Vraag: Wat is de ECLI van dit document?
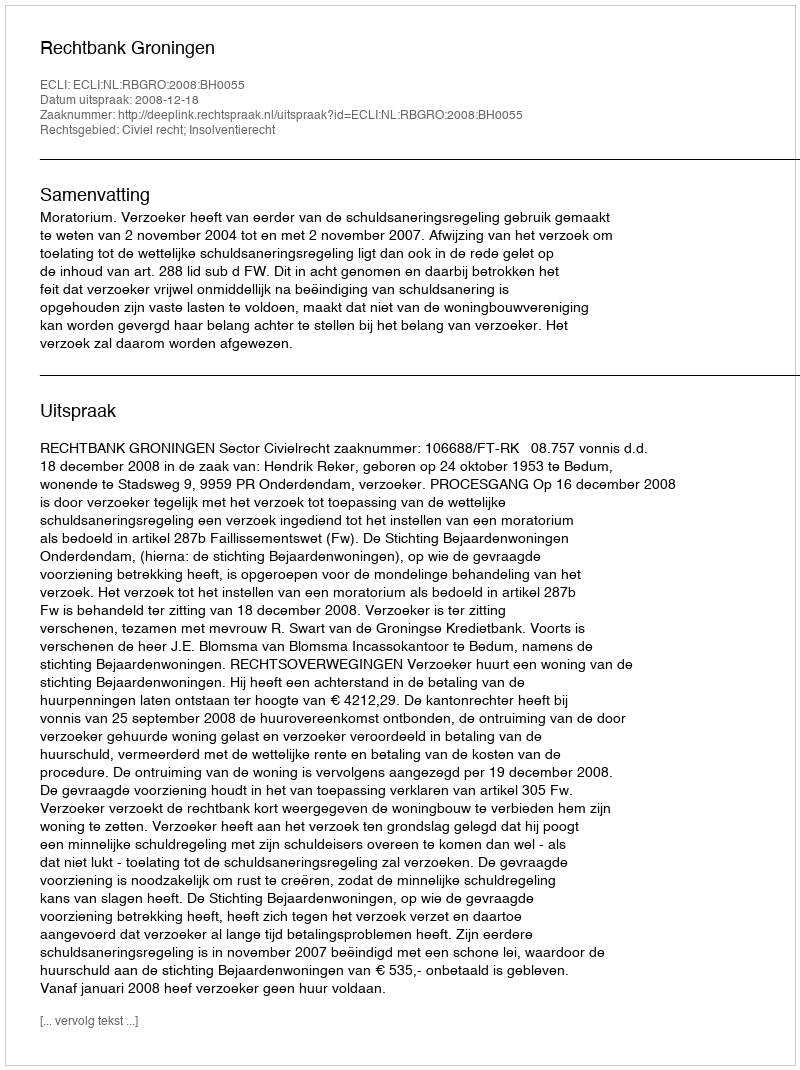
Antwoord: ECLI:NL:RBGRO:2008:BH0055